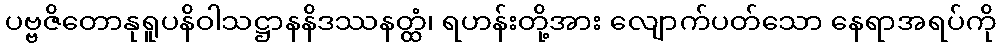
ပဗ္ဗဇိတောနုရူပနိဝါသဋ္ဌာနနိဒဿနတ္ထံ၊ ရဟန်းတို့အား လျောက်ပတ်သော နေရာအရပ်ကို